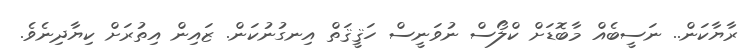
ރާޔާކަން.. ނަސީބެއް މާބޮޑަށް ކްލޯސް ނުވަނީސް ހަޤީޤަތް އިނގުނުކަން. ޒައިން އިތުރަށް ކިޔާދިނެވެ.